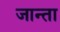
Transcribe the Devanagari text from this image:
जान्ता